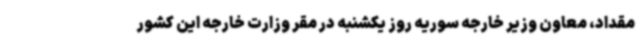
مقداد، معاون وزیر خارجه سوریه روز یکشنبه در مقر وزارت خارجه این کشور